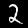
Label: 2